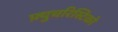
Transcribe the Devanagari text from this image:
फ़्युचरिस्टिको